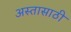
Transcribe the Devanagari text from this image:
अस्तासाठी